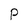
Character: P